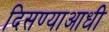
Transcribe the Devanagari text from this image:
दिसण्याआधी